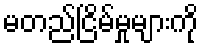
မတည်ငြိမ်မှုများကို